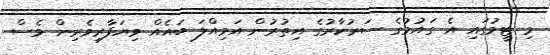
މި ޓީމުގައި އެ ގައުމުގެ ސަރުކާރުގެ އިތުރުން އަމިއްލަ ބައެއް ވިޔަފާރިވެރިން ވެސް